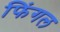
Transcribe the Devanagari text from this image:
फिंगल